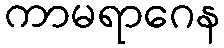
ကာမရာဂေန